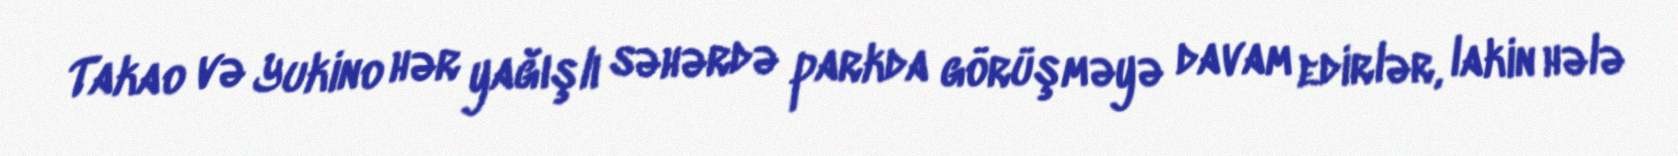
Takao və Yukino hər yağışlı səhərdə parkda görüşməyə davam edirlər, lakin hələ